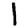
Digit: 1